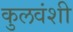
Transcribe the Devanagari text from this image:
कुलवंशी